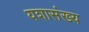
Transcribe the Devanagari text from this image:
यशासंख्य